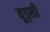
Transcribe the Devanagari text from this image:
वूड्सी